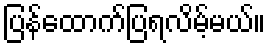
ပြန်ထောက်ပြရလိမ့်မယ်။